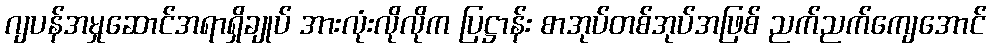
ဂျပန်အမှုဆောင်အရာရှိချုပ် အားလုံးလိုလိုက ပြဋ္ဌာန်း စာအုပ်တစ်အုပ်အဖြစ် ညက်ညက်ကျေအောင်